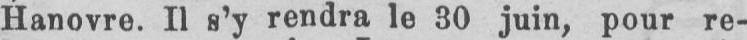
Hanovre. Il s’y rendra le 30 juin, pour re-